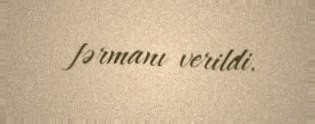
fərmanı verildi.